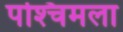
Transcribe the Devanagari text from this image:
पश्‍चिमला